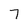
Character: 7